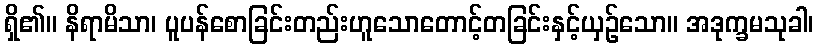
ရှိ၏။ နိရာမိသာ၊ ပူပန်စောခြင်းတည်းဟူသောတောင့်တခြင်းနှင့်ယှဉ်သော။ အဒုက္ခမသုခါ၊